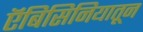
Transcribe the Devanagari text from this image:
ऍबिसिनियातून